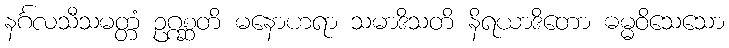
နင်္ဂလသီသမတ္တံ ဥဂ္ဂစ္ဆတိ မနောဟရာ သမာဒိသတိ နိရယာဒိတော ဓမ္မဝိသေသော